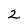
Character: 2